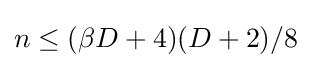
n\leq (\beta D+4)(D+2)/8